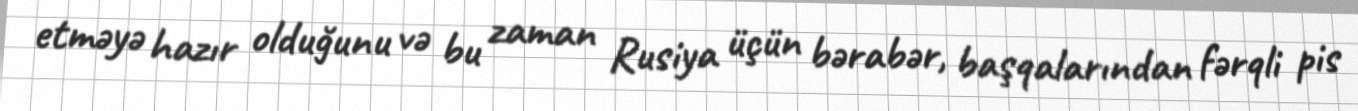
etməyə hazır olduğunu və bu zaman Rusiya üçün bərabər, başqalarından fərqli pis